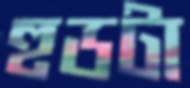
হুডটা